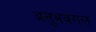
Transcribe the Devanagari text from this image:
अनुभवंगल